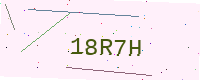
Text: 18R7H